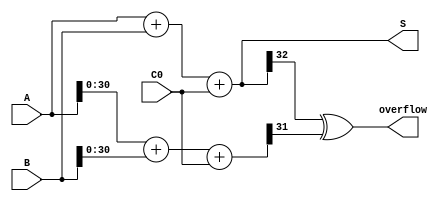
module ADC32(input [31:0] A, 	//32ALUslt
				 input [31:0] B, 
				 input C0,			//
				 output [32:0] S,
				 output overflow
				  );
	wire [31:0] T;
	assign T = A[30:0] + B[30:0] + C0;
	assign S = A + B + C0;
	assign overflow = S[32] ^ T[31]; // 3130

endmodule